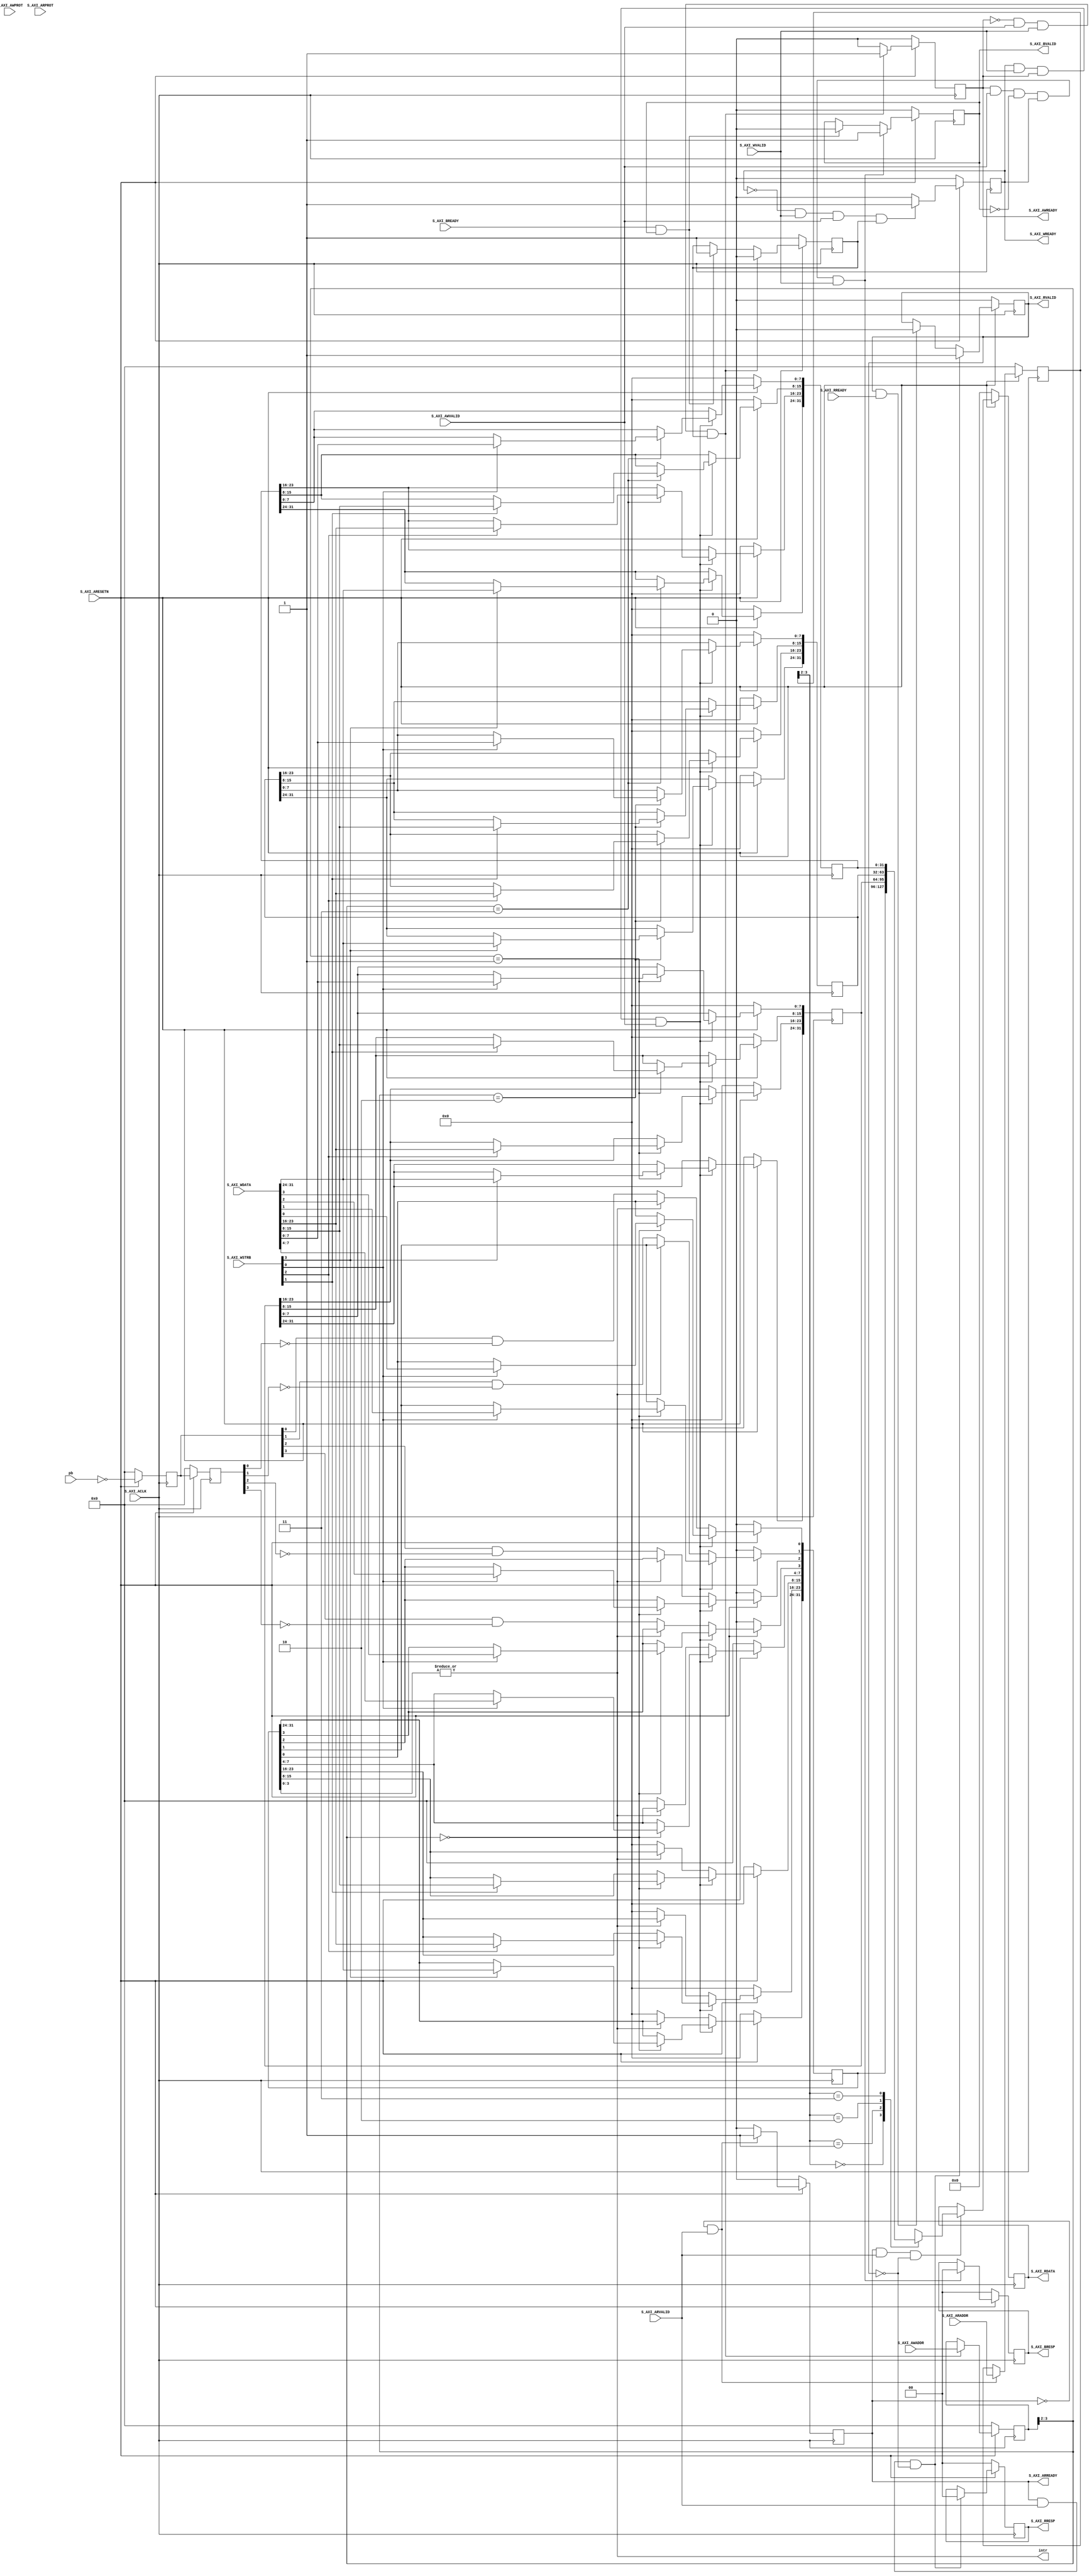
module pushbutton_v1_0_S00_AXI #
	(
		// Users to add parameters here

		// User parameters ends
		// Do not modify the parameters beyond this line

		// Width of S_AXI data bus
		parameter integer C_S_AXI_DATA_WIDTH	= 32,
		// Width of S_AXI address bus
		parameter integer C_S_AXI_ADDR_WIDTH	= 4
	)
	(
		// Users to add ports here
        input   wire    [3:0]   pb,
        output  wire            intr,
		// User ports ends
		// Do not modify the ports beyond this line

		// Global Clock Signal
		input wire  S_AXI_ACLK,
		// Global Reset Signal. This Signal is Active LOW
		input wire  S_AXI_ARESETN,
		// Write address (issued by master, acceped by Slave)
		input wire [C_S_AXI_ADDR_WIDTH-1 : 0] S_AXI_AWADDR,
		// Write channel Protection type. This signal indicates the
    		// privilege and security level of the transaction, and whether
    		// the transaction is a data access or an instruction access.
		input wire [2 : 0] S_AXI_AWPROT,
		// Write address valid. This signal indicates that the master signaling
    		// valid write address and control information.
		input wire  S_AXI_AWVALID,
		// Write address ready. This signal indicates that the slave is ready
    		// to accept an address and associated control signals.
		output wire  S_AXI_AWREADY,
		// Write data (issued by master, acceped by Slave) 
		input wire [C_S_AXI_DATA_WIDTH-1 : 0] S_AXI_WDATA,
		// Write strobes. This signal indicates which byte lanes hold
    		// valid data. There is one write strobe bit for each eight
    		// bits of the write data bus.    
		input wire [(C_S_AXI_DATA_WIDTH/8)-1 : 0] S_AXI_WSTRB,
		// Write valid. This signal indicates that valid write
    		// data and strobes are available.
		input wire  S_AXI_WVALID,
		// Write ready. This signal indicates that the slave
    		// can accept the write data.
		output wire  S_AXI_WREADY,
		// Write response. This signal indicates the status
    		// of the write transaction.
		output wire [1 : 0] S_AXI_BRESP,
		// Write response valid. This signal indicates that the channel
    		// is signaling a valid write response.
		output wire  S_AXI_BVALID,
		// Response ready. This signal indicates that the master
    		// can accept a write response.
		input wire  S_AXI_BREADY,
		// Read address (issued by master, acceped by Slave)
		input wire [C_S_AXI_ADDR_WIDTH-1 : 0] S_AXI_ARADDR,
		// Protection type. This signal indicates the privilege
    		// and security level of the transaction, and whether the
    		// transaction is a data access or an instruction access.
		input wire [2 : 0] S_AXI_ARPROT,
		// Read address valid. This signal indicates that the channel
    		// is signaling valid read address and control information.
		input wire  S_AXI_ARVALID,
		// Read address ready. This signal indicates that the slave is
    		// ready to accept an address and associated control signals.
		output wire  S_AXI_ARREADY,
		// Read data (issued by slave)
		output wire [C_S_AXI_DATA_WIDTH-1 : 0] S_AXI_RDATA,
		// Read response. This signal indicates the status of the
    		// read transfer.
		output wire [1 : 0] S_AXI_RRESP,
		// Read valid. This signal indicates that the channel is
    		// signaling the required read data.
		output wire  S_AXI_RVALID,
		// Read ready. This signal indicates that the master can
    		// accept the read data and response information.
		input wire  S_AXI_RREADY
	);

	// AXI4LITE signals
	reg [C_S_AXI_ADDR_WIDTH-1 : 0] 	axi_awaddr;
	reg  	axi_awready;
	reg  	axi_wready;
	reg [1 : 0] 	axi_bresp;
	reg  	axi_bvalid;
	reg [C_S_AXI_ADDR_WIDTH-1 : 0] 	axi_araddr;
	reg  	axi_arready;
	reg [C_S_AXI_DATA_WIDTH-1 : 0] 	axi_rdata;
	reg [1 : 0] 	axi_rresp;
	reg  	axi_rvalid;

	// Example-specific design signals
	// local parameter for addressing 32 bit / 64 bit C_S_AXI_DATA_WIDTH
	// ADDR_LSB is used for addressing 32/64 bit registers/memories
	// ADDR_LSB = 2 for 32 bits (n downto 2)
	// ADDR_LSB = 3 for 64 bits (n downto 3)
	localparam integer ADDR_LSB = (C_S_AXI_DATA_WIDTH/32) + 1;
	localparam integer OPT_MEM_ADDR_BITS = 1;
	//----------------------------------------------
	//-- Signals for user logic register space example
	//------------------------------------------------
	//-- Number of Slave Registers 4
	reg [C_S_AXI_DATA_WIDTH-1:0]	slv_reg0;
	reg [C_S_AXI_DATA_WIDTH-1:0]	slv_reg1;
	reg [C_S_AXI_DATA_WIDTH-1:0]	slv_reg2;
	reg [C_S_AXI_DATA_WIDTH-1:0]	slv_reg3;
	wire	 slv_reg_rden;
	wire	 slv_reg_wren;
	reg [C_S_AXI_DATA_WIDTH-1:0]	 reg_data_out;
	integer	 byte_index;
	reg	 aw_en;

	// I/O Connections assignments

	assign S_AXI_AWREADY	= axi_awready;
	assign S_AXI_WREADY	= axi_wready;
	assign S_AXI_BRESP	= axi_bresp;
	assign S_AXI_BVALID	= axi_bvalid;
	assign S_AXI_ARREADY	= axi_arready;
	assign S_AXI_RDATA	= axi_rdata;
	assign S_AXI_RRESP	= axi_rresp;
	assign S_AXI_RVALID	= axi_rvalid;
	// Implement axi_awready generation
	// axi_awready is asserted for one S_AXI_ACLK clock cycle when both
	// S_AXI_AWVALID and S_AXI_WVALID are asserted. axi_awready is
	// de-asserted when reset is low.

	always @( posedge S_AXI_ACLK )
	begin
	  if ( S_AXI_ARESETN == 1'b0 )
	    begin
	      axi_awready <= 1'b0;
	      aw_en <= 1'b1;
	    end 
	  else
	    begin    
	      if (~axi_awready && S_AXI_AWVALID && S_AXI_WVALID && aw_en)
	        begin
	          // slave is ready to accept write address when 
	          // there is a valid write address and write data
	          // on the write address and data bus. This design 
	          // expects no outstanding transactions. 
	          axi_awready <= 1'b1;
	          aw_en <= 1'b0;
	        end
	        else if (S_AXI_BREADY && axi_bvalid)
	            begin
	              aw_en <= 1'b1;
	              axi_awready <= 1'b0;
	            end
	      else           
	        begin
	          axi_awready <= 1'b0;
	        end
	    end 
	end       

	// Implement axi_awaddr latching
	// This process is used to latch the address when both 
	// S_AXI_AWVALID and S_AXI_WVALID are valid. 

	always @( posedge S_AXI_ACLK )
	begin
	  if ( S_AXI_ARESETN == 1'b0 )
	    begin
	      axi_awaddr <= 0;
	    end 
	  else
	    begin    
	      if (~axi_awready && S_AXI_AWVALID && S_AXI_WVALID && aw_en)
	        begin
	          // Write Address latching 
	          axi_awaddr <= S_AXI_AWADDR;
	        end
	    end 
	end       

	// Implement axi_wready generation
	// axi_wready is asserted for one S_AXI_ACLK clock cycle when both
	// S_AXI_AWVALID and S_AXI_WVALID are asserted. axi_wready is 
	// de-asserted when reset is low. 

	always @( posedge S_AXI_ACLK )
	begin
	  if ( S_AXI_ARESETN == 1'b0 )
	    begin
	      axi_wready <= 1'b0;
	    end 
	  else
	    begin    
	      if (~axi_wready && S_AXI_WVALID && S_AXI_AWVALID && aw_en )
	        begin
	          // slave is ready to accept write data when 
	          // there is a valid write address and write data
	          // on the write address and data bus. This design 
	          // expects no outstanding transactions. 
	          axi_wready <= 1'b1;
	        end
	      else
	        begin
	          axi_wready <= 1'b0;
	        end
	    end 
	end       

	// Implement memory mapped register select and write logic generation
	// The write data is accepted and written to memory mapped registers when
	// axi_awready, S_AXI_WVALID, axi_wready and S_AXI_WVALID are asserted. Write strobes are used to
	// select byte enables of slave registers while writing.
	// These registers are cleared when reset (active low) is applied.
	// Slave register write enable is asserted when valid address and data are available
	// and the slave is ready to accept the write address and write data.
	assign slv_reg_wren = axi_wready && S_AXI_WVALID && axi_awready && S_AXI_AWVALID;

	always @( posedge S_AXI_ACLK )
	begin
	  if ( S_AXI_ARESETN == 1'b0 )
	    begin
	      slv_reg0 <= 0;
	      slv_reg1 <= 0;
	      slv_reg2 <= 0;
	      slv_reg3 <= 0;
	    end 
	  else begin
	    if (slv_reg_wren)
	      begin
	        case ( axi_awaddr[ADDR_LSB+OPT_MEM_ADDR_BITS:ADDR_LSB] )
	          2'h0:
	            for ( byte_index = 0; byte_index <= (C_S_AXI_DATA_WIDTH/8)-1; byte_index = byte_index+1 )
	              if ( S_AXI_WSTRB[byte_index] == 1 ) begin
	                // Respective byte enables are asserted as per write strobes 
	                // Slave register 0
	                slv_reg0[(byte_index*8) +: 8] <= S_AXI_WDATA[(byte_index*8) +: 8];
	              end  
	          2'h1:
	            for ( byte_index = 0; byte_index <= (C_S_AXI_DATA_WIDTH/8)-1; byte_index = byte_index+1 )
	              if ( S_AXI_WSTRB[byte_index] == 1 ) begin
	                // Respective byte enables are asserted as per write strobes 
	                // Slave register 1
	                slv_reg1[(byte_index*8) +: 8] <= S_AXI_WDATA[(byte_index*8) +: 8];
	              end  
	          2'h2:
	            for ( byte_index = 0; byte_index <= (C_S_AXI_DATA_WIDTH/8)-1; byte_index = byte_index+1 )
	              if ( S_AXI_WSTRB[byte_index] == 1 ) begin
	                // Respective byte enables are asserted as per write strobes 
	                // Slave register 2
	                slv_reg2[(byte_index*8) +: 8] <= S_AXI_WDATA[(byte_index*8) +: 8];
	              end  
	          2'h3:
	            for ( byte_index = 0; byte_index <= (C_S_AXI_DATA_WIDTH/8)-1; byte_index = byte_index+1 )
	              if ( S_AXI_WSTRB[byte_index] == 1 ) begin
	                // Respective byte enables are asserted as per write strobes 
	                // Slave register 3
	                slv_reg3[(byte_index*8) +: 8] <= S_AXI_WDATA[(byte_index*8) +: 8];
	              end  
	          default : begin
	                      slv_reg0 <= slv_reg0;
	                      slv_reg1 <= slv_reg1;
	                      slv_reg2 <= slv_reg2;
	                      slv_reg3 <= slv_reg3;
	                    end
	        endcase
	      end
	      else begin
	           if(intr) begin
	               slv_reg0    <=  slv_reg0;
	           end
	           else begin
	               slv_reg0[0] <=  pb_d1[0] & ~pb_d2[0];
	               slv_reg0[1] <=  pb_d1[1] & ~pb_d2[1];
	               slv_reg0[2] <=  pb_d1[2] & ~pb_d2[2];
	               slv_reg0[3] <=  pb_d1[3] & ~pb_d2[3];
	               slv_reg0[31:4] <=  28'd0;
	           end
	      end
	  end
	end    
	// Implement write response logic generation
	// The write response and response valid signals are asserted by the slave 
	// when axi_wready, S_AXI_WVALID, axi_wready and S_AXI_WVALID are asserted.  
	// This marks the acceptance of address and indicates the status of 
	// write transaction.

	always @( posedge S_AXI_ACLK )
	begin
	  if ( S_AXI_ARESETN == 1'b0 )
	    begin
	      axi_bvalid  <= 0;
	      axi_bresp   <= 2'b0;
	    end 
	  else
	    begin    
	      if (axi_awready && S_AXI_AWVALID && ~axi_bvalid && axi_wready && S_AXI_WVALID)
	        begin
	          // indicates a valid write response is available
	          axi_bvalid <= 1'b1;
	          axi_bresp  <= 2'b0; // 'OKAY' response 
	        end                   // work error responses in future
	      else
	        begin
	          if (S_AXI_BREADY && axi_bvalid) 
	            //check if bready is asserted while bvalid is high) 
	            //(there is a possibility that bready is always asserted high)   
	            begin
	              axi_bvalid <= 1'b0; 
	            end  
	        end
	    end
	end   

	// Implement axi_arready generation
	// axi_arready is asserted for one S_AXI_ACLK clock cycle when
	// S_AXI_ARVALID is asserted. axi_awready is 
	// de-asserted when reset (active low) is asserted. 
	// The read address is also latched when S_AXI_ARVALID is 
	// asserted. axi_araddr is reset to zero on reset assertion.

	always @( posedge S_AXI_ACLK )
	begin
	  if ( S_AXI_ARESETN == 1'b0 )
	    begin
	      axi_arready <= 1'b0;
	      axi_araddr  <= 32'b0;
	    end 
	  else
	    begin    
	      if (~axi_arready && S_AXI_ARVALID)
	        begin
	          // indicates that the slave has acceped the valid read address
	          axi_arready <= 1'b1;
	          // Read address latching
	          axi_araddr  <= S_AXI_ARADDR;
	        end
	      else
	        begin
	          axi_arready <= 1'b0;
	        end
	    end 
	end       

	// Implement axi_arvalid generation
	// axi_rvalid is asserted for one S_AXI_ACLK clock cycle when both 
	// S_AXI_ARVALID and axi_arready are asserted. The slave registers 
	// data are available on the axi_rdata bus at this instance. The 
	// assertion of axi_rvalid marks the validity of read data on the 
	// bus and axi_rresp indicates the status of read transaction.axi_rvalid 
	// is deasserted on reset (active low). axi_rresp and axi_rdata are 
	// cleared to zero on reset (active low).  
	always @( posedge S_AXI_ACLK )
	begin
	  if ( S_AXI_ARESETN == 1'b0 )
	    begin
	      axi_rvalid <= 0;
	      axi_rresp  <= 0;
	    end 
	  else
	    begin    
	      if (axi_arready && S_AXI_ARVALID && ~axi_rvalid)
	        begin
	          // Valid read data is available at the read data bus
	          axi_rvalid <= 1'b1;
	          axi_rresp  <= 2'b0; // 'OKAY' response
	        end   
	      else if (axi_rvalid && S_AXI_RREADY)
	        begin
	          // Read data is accepted by the master
	          axi_rvalid <= 1'b0;
	        end                
	    end
	end    

	// Implement memory mapped register select and read logic generation
	// Slave register read enable is asserted when valid address is available
	// and the slave is ready to accept the read address.
	assign slv_reg_rden = axi_arready & S_AXI_ARVALID & ~axi_rvalid;
	always @(*)
	begin
	      // Address decoding for reading registers
	      case ( axi_araddr[ADDR_LSB+OPT_MEM_ADDR_BITS:ADDR_LSB] )
	        2'h0   : reg_data_out <= slv_reg0;
	        2'h1   : reg_data_out <= slv_reg1;
	        2'h2   : reg_data_out <= slv_reg2;
	        2'h3   : reg_data_out <= slv_reg3;
	        default : reg_data_out <= 0;
	      endcase
	end

	// Output register or memory read data
	always @( posedge S_AXI_ACLK )
	begin
	  if ( S_AXI_ARESETN == 1'b0 )
	    begin
	      axi_rdata  <= 0;
	    end 
	  else
	    begin    
	      // When there is a valid read address (S_AXI_ARVALID) with 
	      // acceptance of read address by the slave (axi_arready), 
	      // output the read dada 
	      if (slv_reg_rden)
	        begin
	          axi_rdata <= reg_data_out;     // register read data
	        end   
	    end
	end    

	reg		[3:0]	pb_d1;
	reg		[3:0]	pb_d2;

	always @(posedge S_AXI_ACLK)
	begin
		if(S_AXI_ARESETN == 1'b0) begin
			pb_d1	<=	4'b0000;
			pb_d2	<=	4'b0000;
		end
		else begin
			pb_d1	<=	~pb;
			pb_d2	<=	pb_d1;
		end
	end

	assign	intr	=	|slv_reg0[3:0];
	// User logic ends

	endmodule